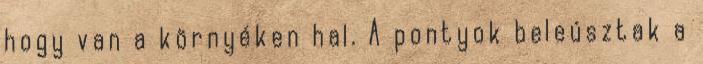
hogy van a környéken hal. A pontyok beleúsztak a